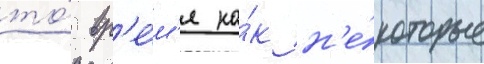
то́ вр'е́м'я ка́к н'е́которые